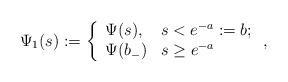
LaTeX: \begin{align*}\Psi_1(s) : = \left\{ \begin{array}{ll} \Psi(s) , &s< e^{-a}:= b ;\\\Psi(b_-) & s\ge e^{-a} \end{array}\right. , \end{align*}